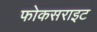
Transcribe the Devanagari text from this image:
फोकसराइट